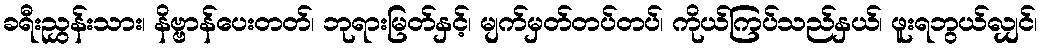
ခရီးညွှန်းသား၊ နိဗ္ဗာန်ပေးတတ်၊ ဘုရားမြတ်နှင့်၊ မျက်မှတ်တပ်တပ်၊ ကိုယ်ကြပ်သည်နှယ်၊ ဖူးရဘွယ်လျှင်၊